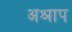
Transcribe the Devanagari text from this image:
अश्राप